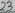
Text: 23